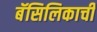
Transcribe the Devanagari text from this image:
बॅसिलिकाची